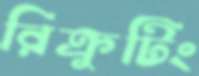
রিক্রুটিং